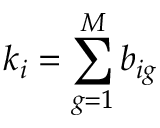
k _ { i } = \sum _ { g = 1 } ^ { M } b _ { i g }